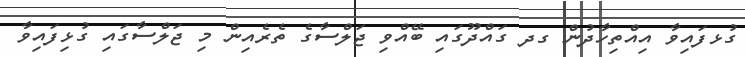
ގުޅފައިވާ އިއްތިހާދުން ގދ ގައްދޫގައި ބޭއްވި ޖަލްސާގެ ތެރެއިން މި ޖަލްސާގައި ގުޅިފައިވާ